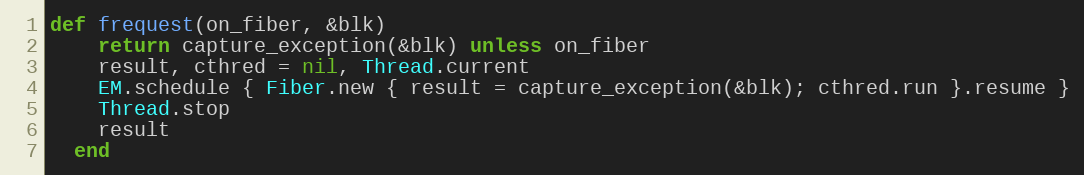
Language: Ruby
def frequest(on_fiber, &blk)
    return capture_exception(&blk) unless on_fiber
    result, cthred = nil, Thread.current
    EM.schedule { Fiber.new { result = capture_exception(&blk); cthred.run }.resume }
    Thread.stop
    result
  end